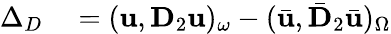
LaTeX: \begin{array}{rl}{\Delta_{D}}&{{}=(\mathbf{u},\mathbf{D}_{2}\mathbf{u})_{\omega}-(\bar{\mathbf{u}},\bar{\mathbf{D}}_{2}\bar{\mathbf{u}})_{\Omega}}\end{array}